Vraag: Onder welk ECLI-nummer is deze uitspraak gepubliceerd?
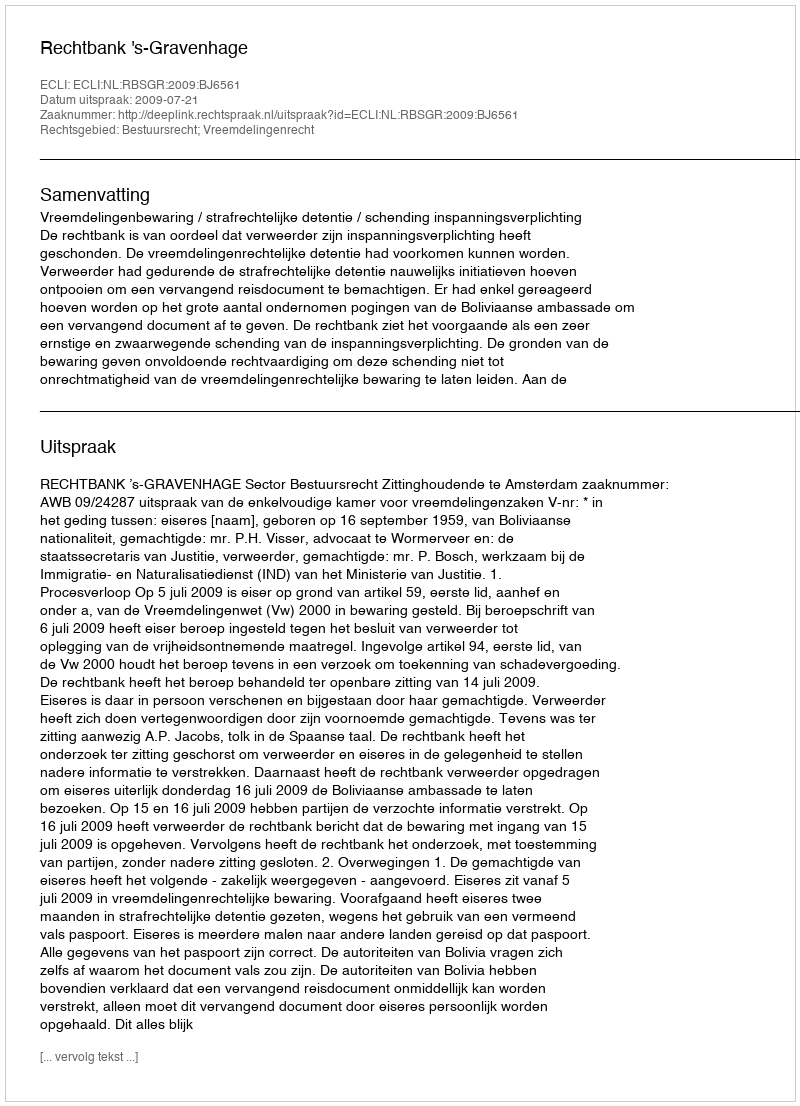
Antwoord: ECLI:NL:RBSGR:2009:BJ6561